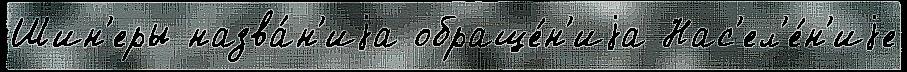
Шин'еры назва́н'иjа обраще́н'иjа Нас'ел'е́н'иjе